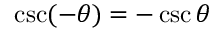
\csc ( - \theta ) = - \csc \theta